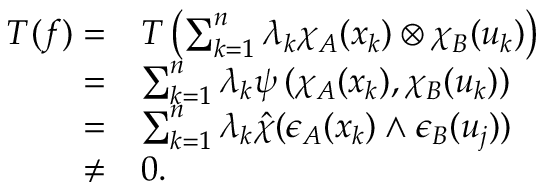
\begin{array} { r l } { T ( f ) = } & { T \left( \sum _ { k = 1 } ^ { n } \lambda _ { k } \chi _ { A } ( x _ { k } ) \otimes \chi _ { B } ( u _ { k } ) \right) } \\ { = } & { \sum _ { k = 1 } ^ { n } \lambda _ { k } \psi \left( \chi _ { A } ( x _ { k } ) , \chi _ { B } ( u _ { k } ) \right) } \\ { = } & { \sum _ { k = 1 } ^ { n } \lambda _ { k } \hat { \chi } ( \epsilon _ { A } ( x _ { k } ) \wedge \epsilon _ { B } ( u _ { j } ) ) } \\ { \neq } & { 0 . } \end{array}